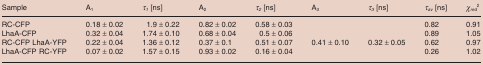
<table><thead><tr><td><b>Sample</b></td><td><b>A<sub>1</sub></b></td><td><b><i>τ<sub>1</sub></i> [ns]</b></td><td><b>A<sub>2</sub></b></td><td><b><i>τ<sub>2</sub></i> [ns]</b></td><td><b>A<sub>3</sub></b></td><td><b><i>τ<sub>3</sub></i> [ns]</b></td><td><b><i>τ<sub>av</sub></i> [ns]</b></td><td><b><i>χ<sub>red</sub></i><sup>2</sup></b></td></tr></thead><tbody><tr><td>RC‐CFP</td><td>0.18 ± 0.02</td><td>1.9 ± 0.22</td><td>0.82 ± 0.02</td><td>0.58 ± 0.03</td><td></td><td></td><td>0.82</td><td>0.91</td></tr><tr><td>LhaA‐CFP</td><td>0.32 ± 0.04</td><td>1.74 ± 0.10</td><td>0.68 ± 0.04</td><td>0.5 ± 0.06</td><td></td><td></td><td>0.89</td><td>1.05</td></tr><tr><td>RC‐CFP LhaA‐YFP</td><td>0.22 ± 0.04</td><td>1.36 ± 0.12</td><td>0.37 ± 0.1</td><td>0.51 ± 0.07</td><td>0.41 ± 0.10</td><td>0.32 ± 0.05</td><td>0.62</td><td>0.97</td></tr><tr><td>LhaA‐CFP RC‐YFP</td><td>0.07 ± 0.02</td><td>1.57 ± 0.15</td><td>0.93 ± 0.02</td><td>0.16 ± 0.04</td><td></td><td></td><td>0.26</td><td>1.02</td></tr></tbody></table>